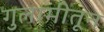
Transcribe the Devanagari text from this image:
गुलामीतून